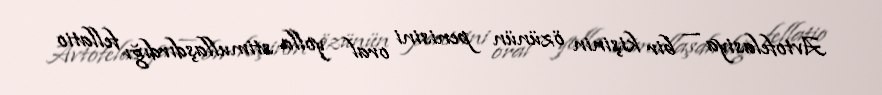
Avtofelasiya — bir kişinin özünün penisini oral yolla stimullaşdırdığı fellatio